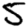
Digit: 5